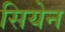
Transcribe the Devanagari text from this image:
सियेन